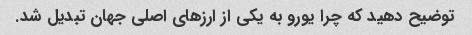
توضیح دهید که چرا یورو به یکی از ارزهای اصلی جهان تبدیل شد.